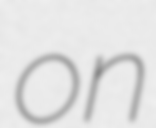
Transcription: on